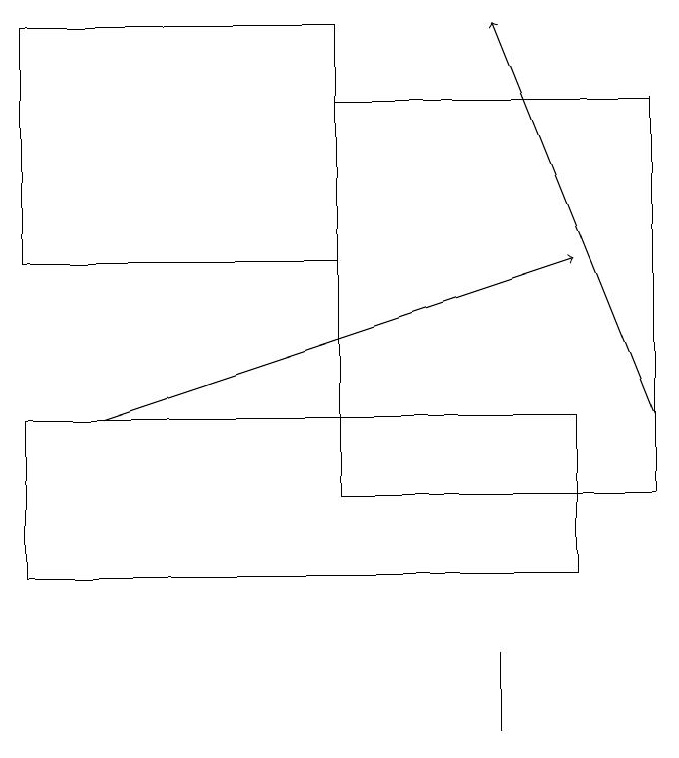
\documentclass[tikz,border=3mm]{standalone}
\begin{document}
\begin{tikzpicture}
\draw (1,12) rectangle (8,14);
\draw (1,19) rectangle (5,16);
\draw (7,10) rectangle (7,11);
\draw[->] (2,14) -- (8,16);
\draw[->] (9,14) -- (7,19);
\draw (5,13) rectangle (9,18);
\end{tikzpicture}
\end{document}